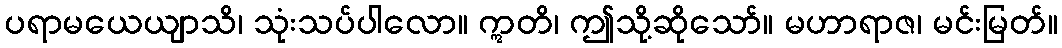
ပရာမယေယျာသိ၊ သုံးသပ်ပါလော။ ဣတိ၊ ဤသို့ဆိုသော်။ မဟာရာဇ၊ မင်းမြတ်။